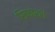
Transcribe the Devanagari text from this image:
सिफारश